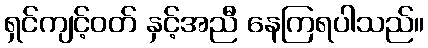
ရှင်ကျင့်ဝတ် နှင့်အညီ နေကြရပါသည်။